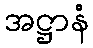
အဋ္ဌာနံ